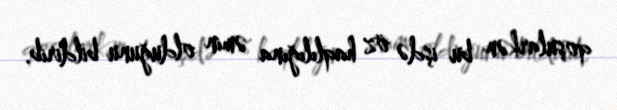
qoşularkən bu işdə öz haqlılığına əmin olduğunu bildirib.